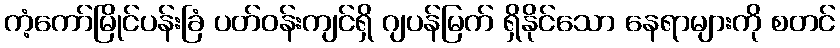
ကံ့ကော်မြိုင်ပန်းခြံ ပတ်ဝန်းကျင်ရှိ ဂျပန်မြက် ရှိနိုင်သော နေရာများကို စတင်